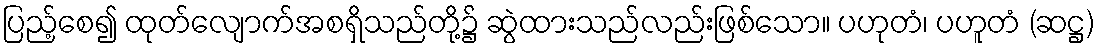
ပြည့်စေ၍ ထုတ်လျောက်အစရှိသည်တို့၌ ဆွဲထားသည်လည်းဖြစ်သော။ ပဟုတံ၊ ပဟူတံ (ဆဋ္ဌ)